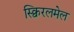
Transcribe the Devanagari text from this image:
स्क्विरलमेल